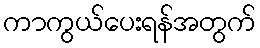
ကာကွယ်ပေးရန်အတွက်